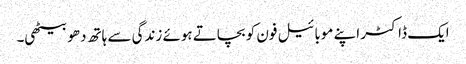
ایک ڈاکٹر اپنے موبائیل فون کو بچاتے ہوئے زندگی سے ہاتھ دھو بیٹھی۔